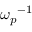
{ \omega _ { p } } ^ { - 1 }